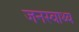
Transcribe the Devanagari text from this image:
जनस्वाथ्य